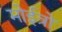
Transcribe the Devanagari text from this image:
मोईत्रो